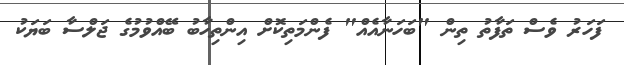
ފަހަރު ވެސް ތަފާތު ތިން "ބަހަނާއެއް" ފެންމަތިކޮށް އިންތިހާބު ބޭއްވުމުގެ ޖަލްސާ ބަޔަކު